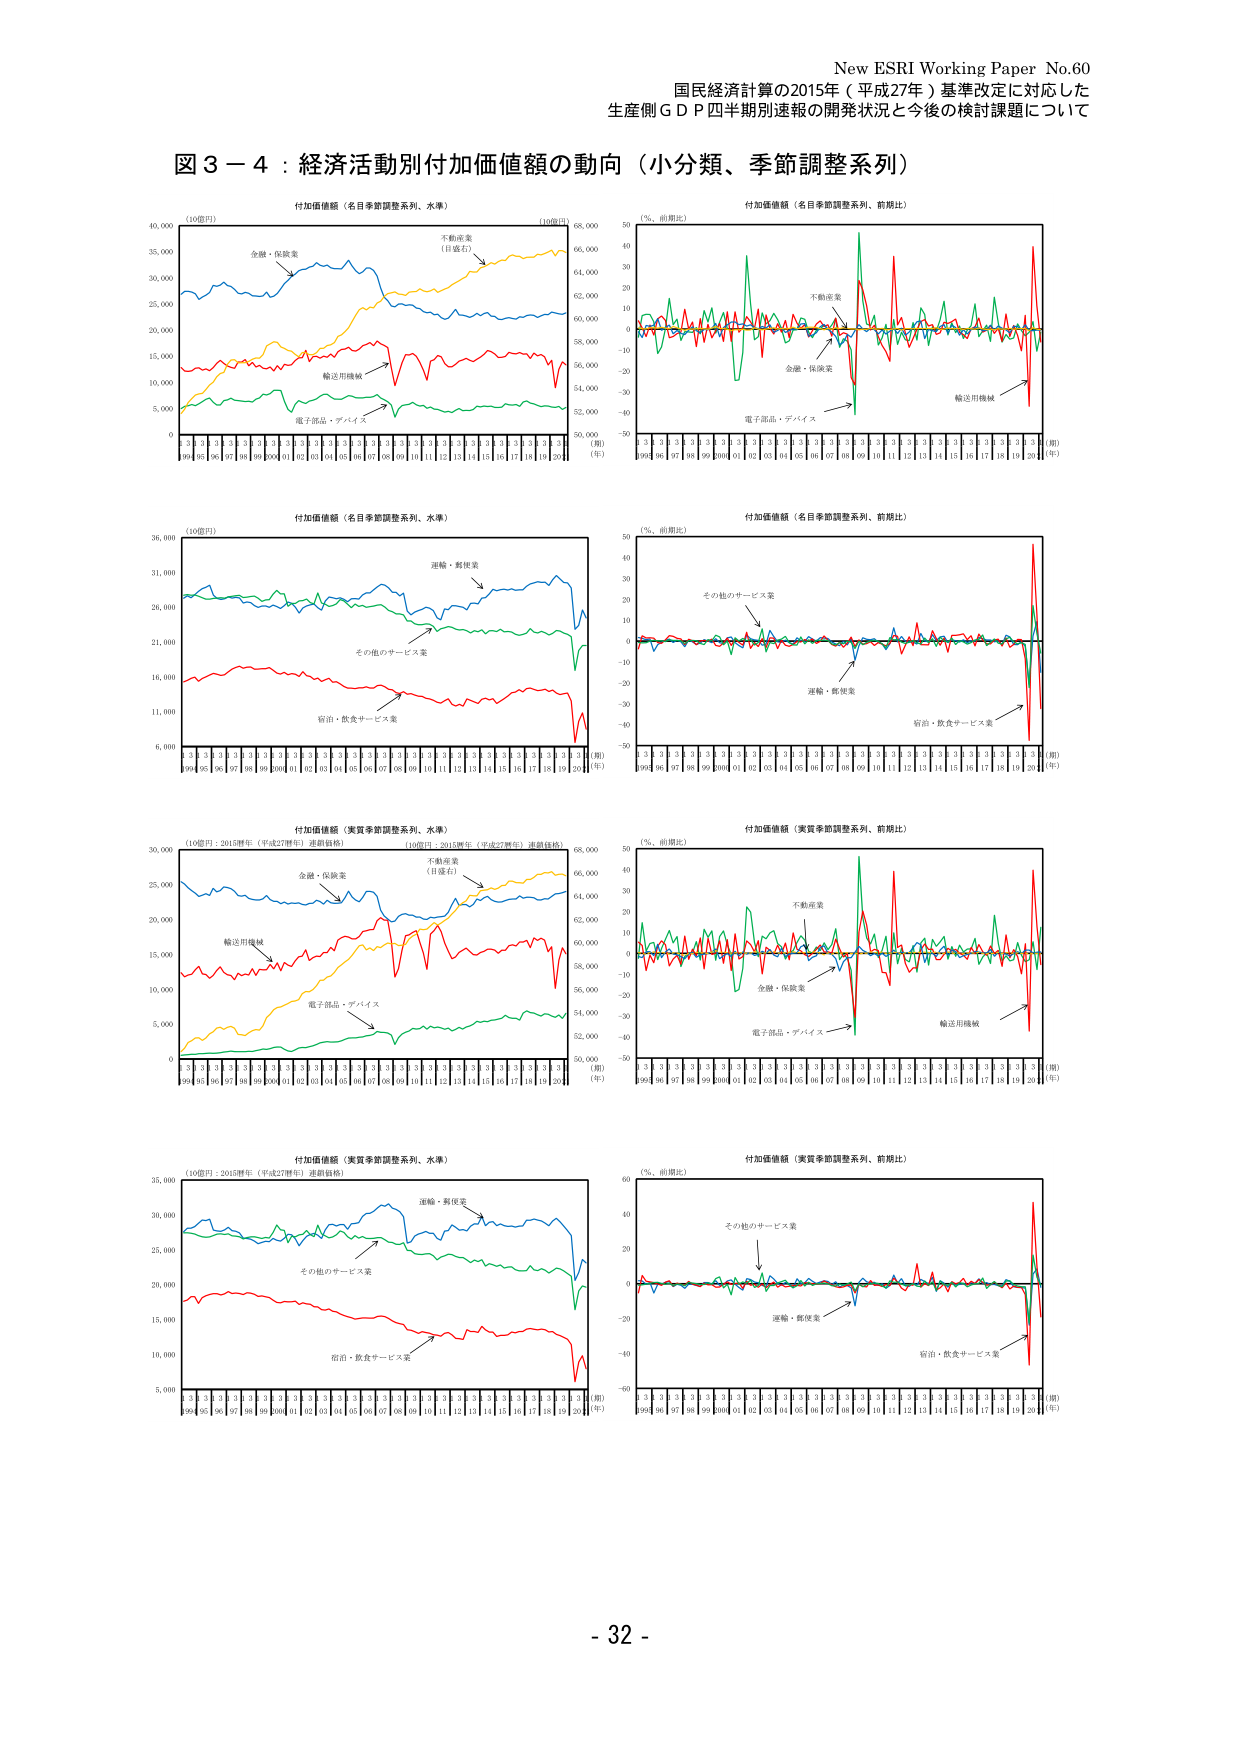
New ESRI Working Paper No.60
国民経済計算の2015年（平成27年）基準改定に対応した
生産側ＧＤＰ四半期別速報の開発状況と今後の検討課題について

図３－４：経済活動別付加価値額の動向（小分類、季節調整系列）

付加価値額（名目季節調整系列、水準）
（10億円）
金融・保険業
不動産業（目盛右）
輸送用機械
電子部品・デバイス

付加価値額（名目季節調整系列、前期比）
（％、前期比）
不動産業
金融・保険業
輸送用機械
電子部品・デバイス

付加価値額（名目季節調整系列、水準）
（10億円）
運輸・郵便業
その他のサービス業
宿泊・飲食サービス業

付加価値額（名目季節調整系列、前期比）
（％、前期比）
その他のサービス業
運輸・郵便業
宿泊・飲食サービス業

付加価値額（実質季節調整系列、水準）
（10億円：2015財年（平成27財年）連鎖価格）
金融・保険業
不動産業（目盛右）
輸送用機械
電子部品・デバイス

付加価値額（実質季節調整系列、前期比）
（％、前期比）
不動産業
金融・保険業
輸送用機械
電子部品・デバイス

付加価値額（実質季節調整系列、水準）
（10億円：2015財年（平成27財年）連鎖価格）
運輸・郵便業
その他のサービス業
宿泊・飲食サービス業

付加価値額（実質季節調整系列、前期比）
（％、前期比）
その他のサービス業
運輸・郵便業
宿泊・飲食サービス業

（期）
99 00 01 02 03 04 05 06 07 08 09 10 11 12 13 14 15 16 17 18 19 20
（年）

- 32 -